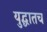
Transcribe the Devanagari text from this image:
युद्धातच